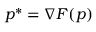
p ^ { * } = \nabla F ( p )